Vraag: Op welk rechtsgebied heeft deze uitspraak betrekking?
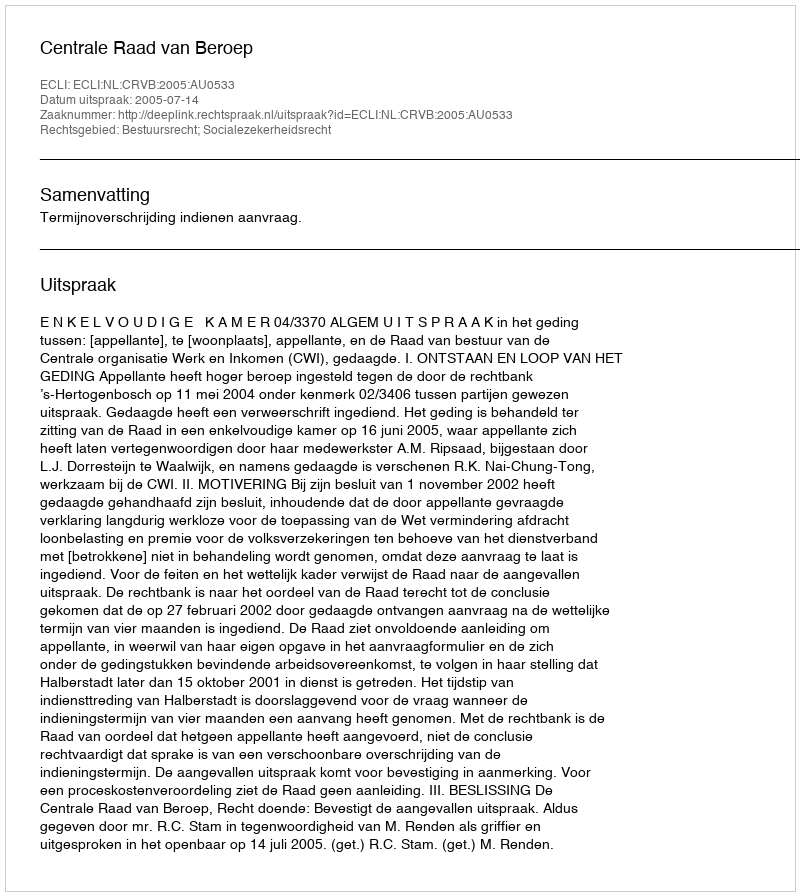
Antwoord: Bestuursrecht; Socialezekerheidsrecht